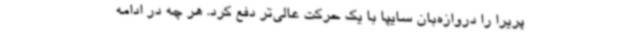
پریرا را دروازه‌بان سایپا با یک حرکت عالی‌تر دفع کرد. هر چه در ادامه